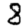
Digit: 8